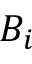
B _ { i }